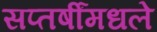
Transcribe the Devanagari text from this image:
सप्तर्षींमधले